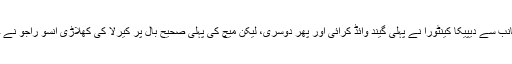
ناگالينڈ کی جانب سے ديپيکا کينٹورا نے پہلی گيند وائڈ کرائی اور پھر دوسری، ليکن ميچ کی پہلی صحيح بال پر کيرلا کی کھلاڑی انسو راجو نے چوکا لگا ڈالا۔